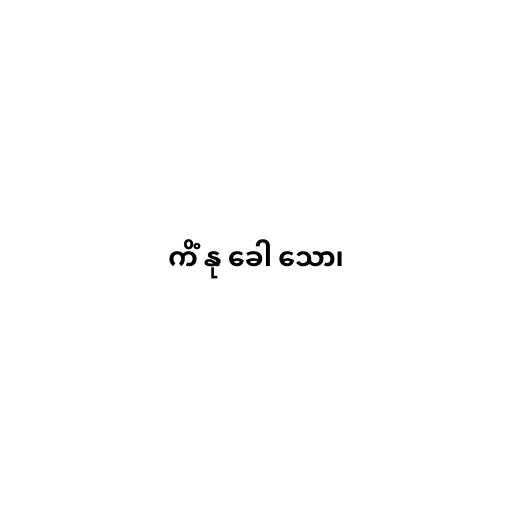
ကိံ နု ခေါ သော၊